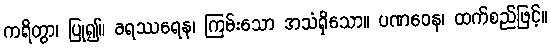
ကရိတွာ၊ ပြု၍။ ခရဿရေန၊ ကြမ်းသော အသံရှိသော။ ပဏဝေန၊ ထက်စည်ဖြင့်။